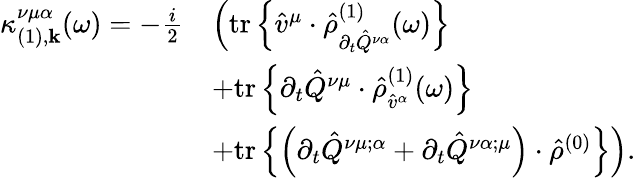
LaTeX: \begin{array}{rl}{\kappa_{(1),\mathbf{k}}^{\nu\mu\alpha}(\omega)=-\frac{i}{2}}&{\Big(\mathrm{tr}\left\{ \hat{v}^{\mu}\cdot\hat{\rho}_{\partial_{t}\hat{Q}^{\nu\alpha}}^{(1)}(\omega)\right\} }\\ &{+\mathrm{tr}\left\{ \partial_{t}\hat{Q}^{\nu\mu}\cdot\hat{\rho}_{\hat{v}^{\alpha}}^{(1)}(\omega)\right\} }\\ &{+\mathrm{tr}\left\{ \left(\partial_{t}\hat{Q}^{\nu\mu;\alpha}+\partial_{t}\hat{Q}^{\nu\alpha;\mu}\right)\cdot\hat{\rho}^{(0)}\right\} \Big)\mathrm{.}}\end{array}